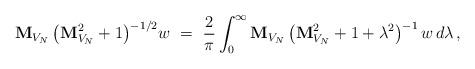
LaTeX: \begin{align*}{\bf M}_{V_N}\, \big({\bf M}_{V_N}^2+1\big)^{-1/2}w\ =\ \frac{2}{\pi}\int_0^\infty{\bf M}_{V_N}\, \big({\bf M}_{V_N}^2+1+\lambda^2\big)^{-1}\,w\,d\lambda\,,\end{align*}